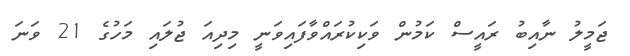
ޖަމީލު ނާއިބު ރައީސް ކަމުން ވަކިކުރައްވާފައިވަނީ މިދިއަ ޖުލައި މަހުގެ 21 ވަނަ